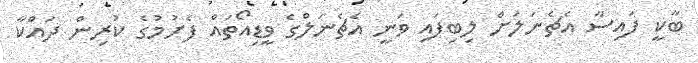
ބާކީ ފައިސާ އެޗެނަލަށް ލިބިފައި ވަނީ އެޗެނަލްގެ ވީޑިއޯތައް ފެށުމުގެ ކުރިން ދައްކާ